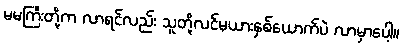
မမကြီးတို့က လာရင်လည်း သူတို့လင်မယားနှစ်ယောက်ပဲ လာမှာပေါ့။